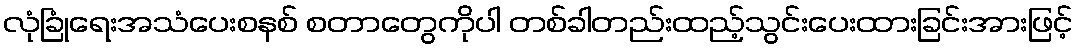
လုံခြုံရေးအသံပေးစနစ် စတာတွေကိုပါ တစ်ခါတည်းထည့်သွင်းပေးထားခြင်းအားဖြင့်